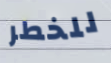
للخطر